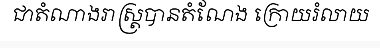
ជាតំណាងរាស្ត្របានតំណែង ក្រោយរំលាយ